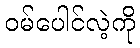
ဝမ်ပေါင်လဲ့ကို